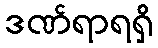
ဒဏ်ရာရရှိ